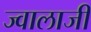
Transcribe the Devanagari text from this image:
ज्‍वालाजी